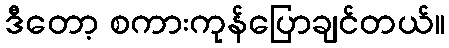
ဒီတော့ စကားကုန်ပြောချင်တယ်။